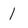
Character: 1